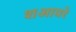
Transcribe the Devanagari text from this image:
शआयरे